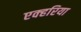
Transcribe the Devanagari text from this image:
एक्हरिया